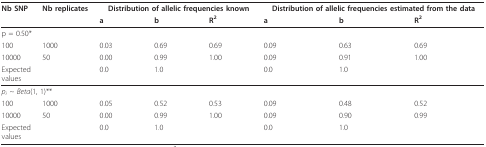
| Nb SNP | Nb replicates | <COLSPAN=3> Distribution of allelic frequencies known | <COLSPAN=3> Distribution of allelic frequencies estimated from the data |
 |  |  | a | b | R2 | a | b | R2 |
 | --- | --- | --- | --- | --- | --- | --- | --- |
 | <COLSPAN=8> p = 0.50* |
 | 100 | 1000 | 0.03 | 0.69 | 0.69 | 0.09 | 0.63 | 0.69 |
 | 10000 | 50 | 0.00 | 0.99 | 1.00 | 0.09 | 0.91 | 1.00 |
 | Expectedvalues |  | 0.0 | 1.0 |  | 0.0 | 1.0 |  |
 | <COLSPAN=8> pi ~ Beta(1, 1)** |
 | 100 | 1000 | 0.05 | 0.52 | 0.53 | 0.09 | 0.48 | 0.52 |
 | 10000 | 50 | 0.00 | 0.99 | 1.00 | 0.09 | 0.90 | 0.99 |
 | Expectedvalues |  | 0.0 | 1.0 |  | 0.0 | 1.0 |  |